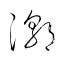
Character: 潮